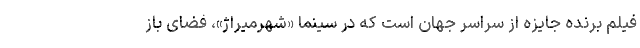
فیلم برنده جایزه از سراسر جهان است که در سینما «شهرمیراژ»، فضای باز